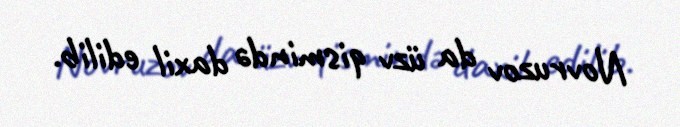
Novruzov da üzv qismində daxil edilib.